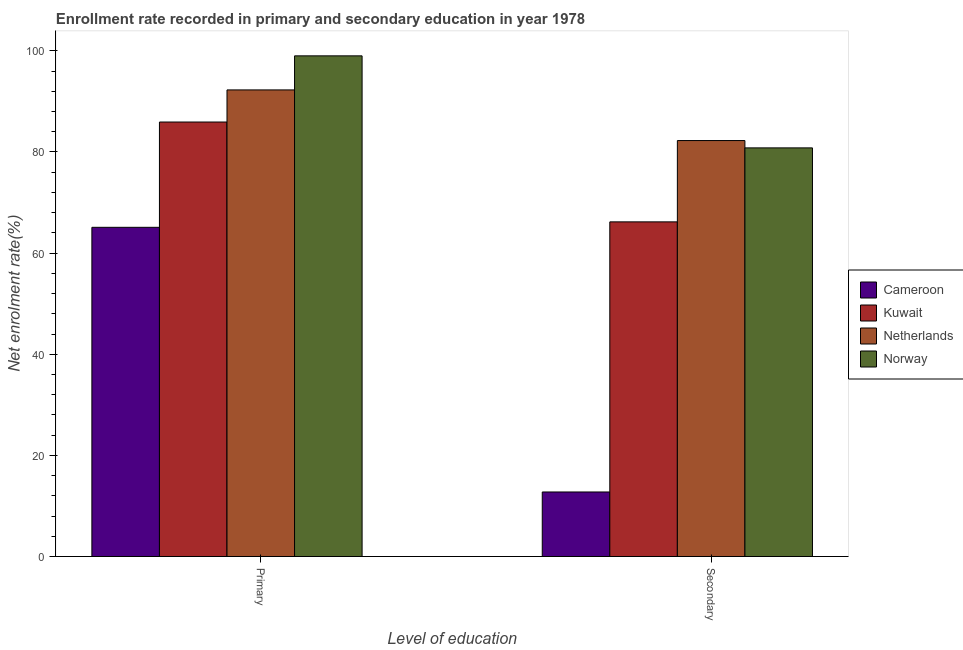
| Level of education | Cameroon | Kuwait | Netherlands | Norway |
 | --- | --- | --- | --- | --- |
 | Primary | 65.1 | 85.9 | 92.3 | 99 |
 | Secondary | 12.8 | 66.2 | 82.2 | 80.8 |